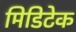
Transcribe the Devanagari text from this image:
मिडिटेक